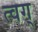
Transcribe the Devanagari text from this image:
त्वग्